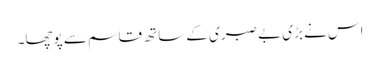
اس نے بڑی بے صبری کے ساتھ قاسم سے پوچھا۔